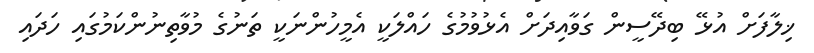
ޚިލާފަށް އުޅޭ ބިދޭސީން ގަވާއިދަށް އެޅުވުމުގެ ހައްލަކީ އެމީހުންނަކީ ތަނުގެ މުވާތިނުންކަމުގައި ހަދައި